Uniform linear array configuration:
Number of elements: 12
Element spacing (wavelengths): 0.25
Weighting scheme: exponential
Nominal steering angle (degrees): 15
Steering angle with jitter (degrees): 14.976
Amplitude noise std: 0.05
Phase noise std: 0.05

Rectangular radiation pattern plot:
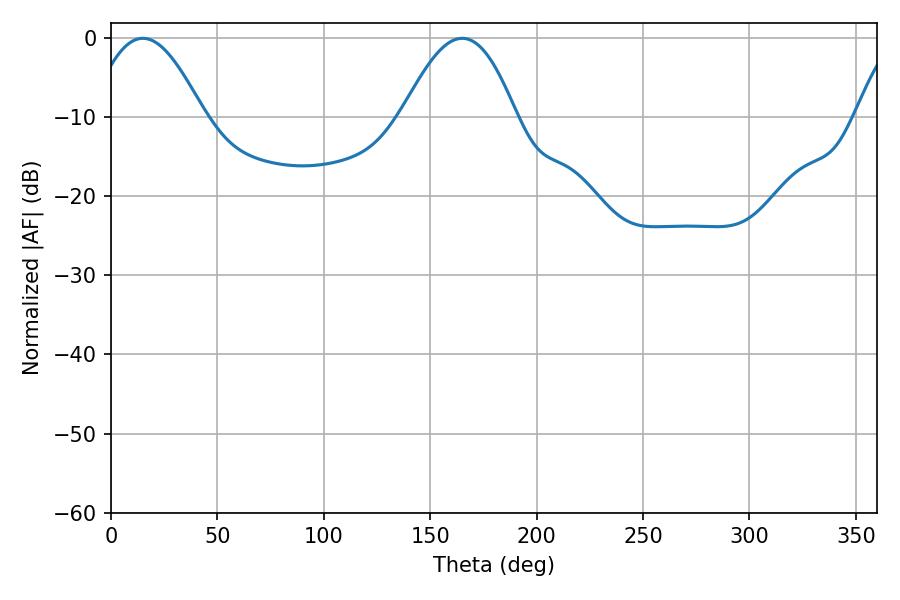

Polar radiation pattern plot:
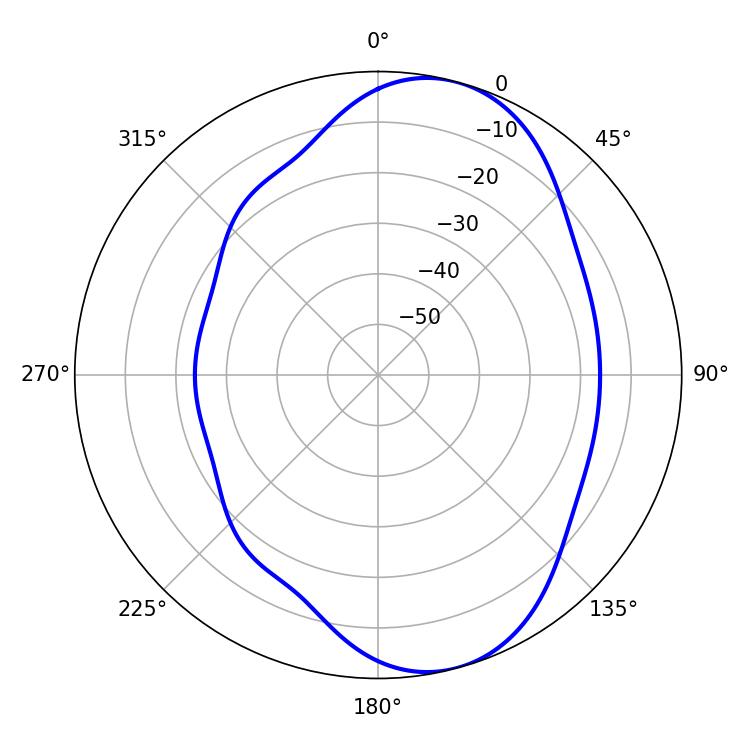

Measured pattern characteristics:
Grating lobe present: FALSE
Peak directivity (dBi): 7.949
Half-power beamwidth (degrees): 28.98
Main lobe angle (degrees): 14.94